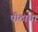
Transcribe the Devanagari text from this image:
पीठाचा